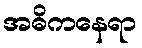
အဓိကနေရာ